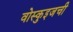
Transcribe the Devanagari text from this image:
वोस्कुइजची